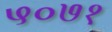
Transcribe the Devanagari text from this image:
५०७१